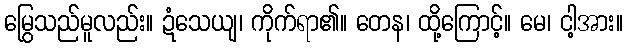
မြွေသည်မူလည်း။ ဍံသေယျ၊ ကိုက်ရာ၏။ တေန၊ ထို့ကြောင့်။ မေ၊ ငါ့အား။